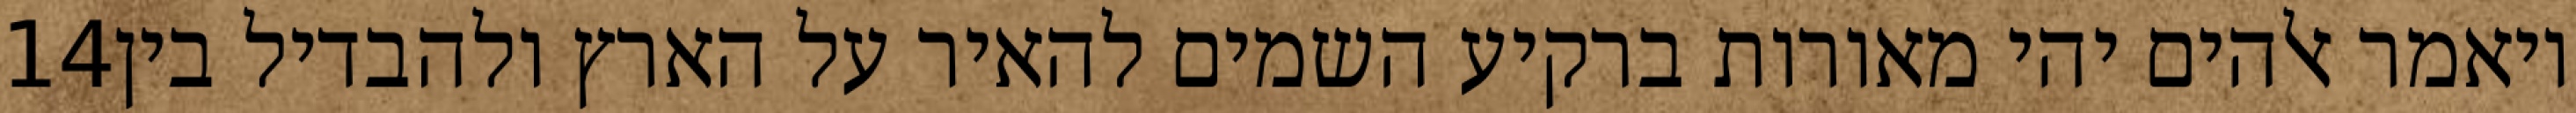
‎14‏ ויאמר אלהים יהי מאורות ברקיע השמים להאיר על הארץ ולהבדיל בין